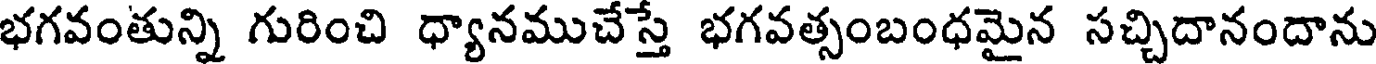
భగవంతున్ని గురించి ధ్యానముచేస్తే భగవత్సంబంధమైన సచ్చిదానందాను